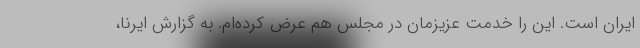
ایران است. این را خدمت عزیزمان در مجلس هم عرض کرده‌ام. به گزارش ایرنا،